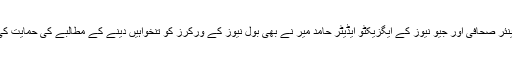
سینئر صحافی اور جیو نیوز کے ایگزیکٹو ایڈیٹر حامد میر نے بھی بول نیوز کے ورکرز کو تنخواہیں دینے کے مطالبے کی حمایت کی ۔